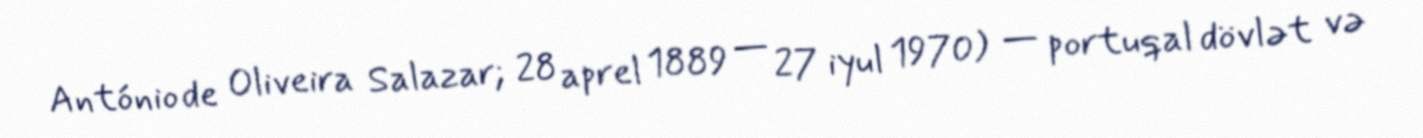
António de Oliveira Salazar; 28 aprel 1889 — 27 iyul 1970) — portuqal dövlət və